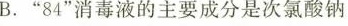
B.”84”消毒液的主要成分是次氯酸钠